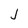
Character: j